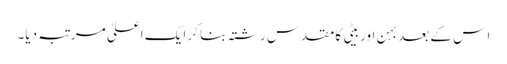
ا س کے بعد بہن اور بیٹی کا مقدس رشتہ بنا کر ایک اعلیٰ مرتبہ دیا۔